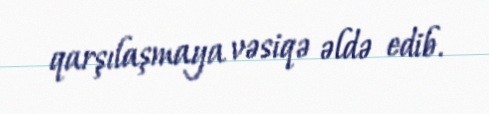
qarşılaşmaya vəsiqə əldə edib.